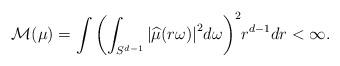
LaTeX: \begin{align*} {\mathcal M}(\mu)=\int {\left( \int_{S^{d-1}} {|\widehat{\mu}(r \omega)|}^2 d\omega \right)}^2 r^{d-1} dr<\infty. \end{align*}